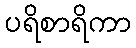
ပရိစာရိကာ